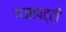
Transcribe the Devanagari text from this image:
गजापट्टी